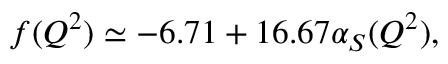
~ ~ ~ ~ ~ ~ ~ ~ ~ ~ ~ ~ ~ ~ ~ ~ ~ ~ ~ ~ ~ ~ ~ ~ f ( Q ^ { 2 } ) \simeq - 6 . 7 1 + 1 6 . 6 7 \alpha _ { S } ( Q ^ { 2 } ) ,